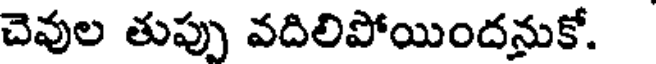
చెవుల తుపు వదిలిపోయిందనుకో.